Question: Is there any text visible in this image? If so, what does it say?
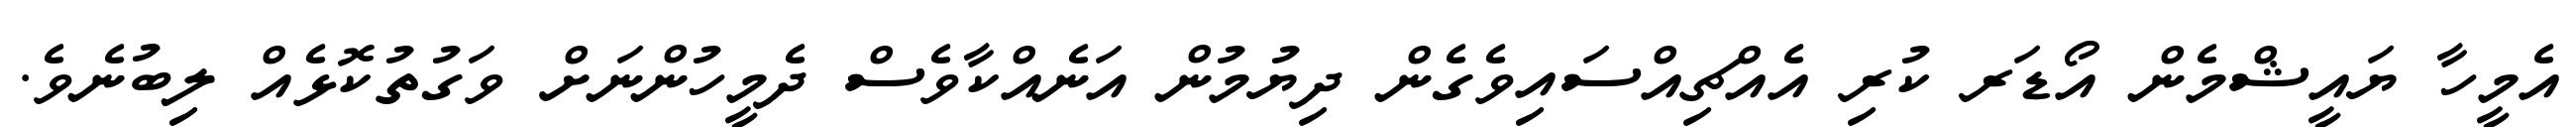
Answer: އެމީހާ ޔައީޝްމެން އޯޑަރ ކުރި އެއްޗިއްސައިވެގެން ދިޔުމުން އަނެއްކާވެސް ދެމީހުންނަށް ވަގުތުކޮޅެއް ލިބުނެވެ.